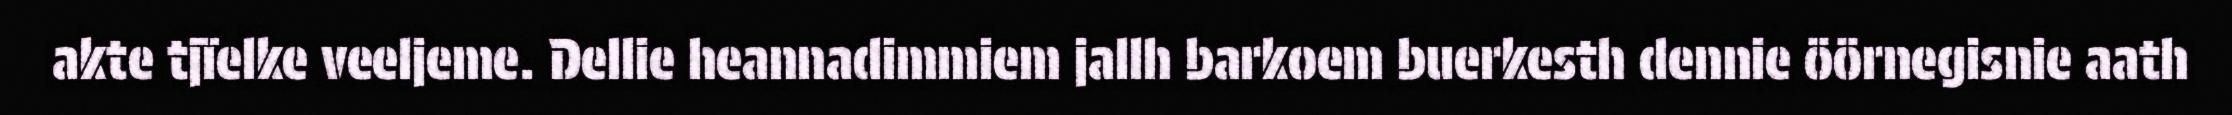
akte tjïelke veeljeme. Dellie heannadimmiem jallh barkoem buerkesth dennie öörnegisnie aath